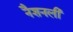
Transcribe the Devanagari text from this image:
नैशनली